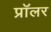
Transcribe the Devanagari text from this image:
प्रॉलर